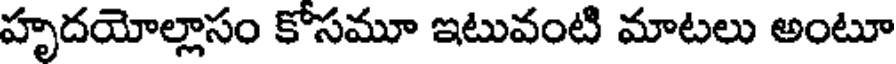
హృదయోల్లాసం కోసమూ ఇటువంటి మాటలు అంటూ